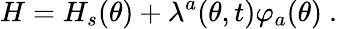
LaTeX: H=H_{s}(\theta)+\lambda^{a}(\theta,t)\varphi_{a}(\theta)\ .